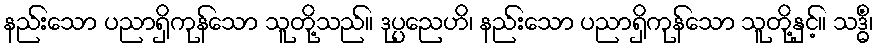
နည်းသော ပညာရှိကုန်သော သူတို့သည်။ ဒုပ္ပညေဟိ၊ နည်းသော ပညာရှိကုန်သော သူတို့နှင့်။ သဒ္ဓိံ၊